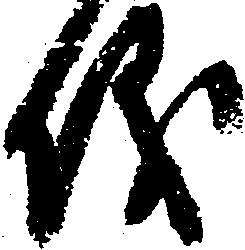
儀